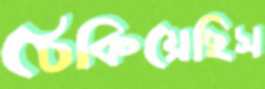
ঠেকিয়েছিস